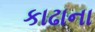
કાઢાના